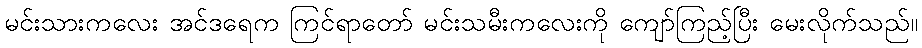
မင်းသားကလေး အင်ဒရေက ကြင်ရာတော် မင်းသမီးကလေးကို ကျော်ကြည့်ပြီး မေးလိုက်သည်။